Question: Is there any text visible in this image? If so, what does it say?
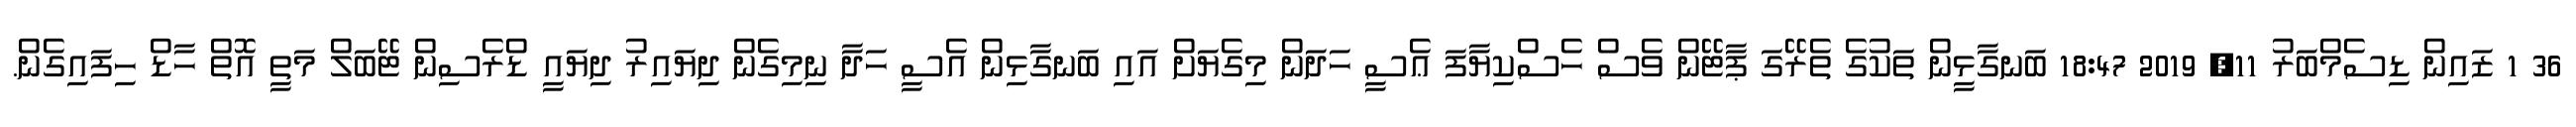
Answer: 36 1 ޒައިން ޑިސެމްބަރު 11, 2019 18:47 ބަނގާޅީން ތަކުގެ ތެރޭގަ ޕާޓޭން ވެސް ހެސްކިޔާފަ ޢެސީ ހަދަން މިގެޔަށް އައި ބަނގާޅިން އެސީ ހަދާ ނިމިގެން ދިޔައިރު ދިޔައީ ޑްރެސިން ޓޭބަލް މަތީ އޮތް ހާޑް ހިފައިގެން.